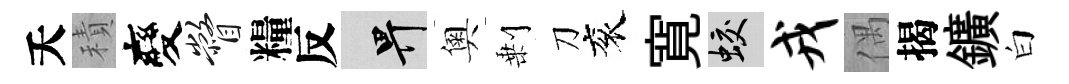
夭積變瞥糧反畀奧剰刀衮寛蛟戎偶揭鑛白